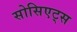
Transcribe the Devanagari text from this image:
सोसिएट्स